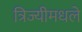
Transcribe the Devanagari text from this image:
त्रिज्यीमधले